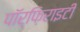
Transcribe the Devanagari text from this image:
पॉर्फ़िराइटी